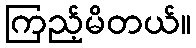
ကြည့်မိတယ်။